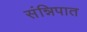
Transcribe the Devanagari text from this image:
संन्निपात